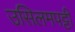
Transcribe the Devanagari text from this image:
उसिलमपट्टी